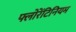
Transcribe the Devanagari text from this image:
फ्लोरेंटिनियम